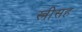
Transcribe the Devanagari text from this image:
स्त्रीसह